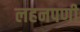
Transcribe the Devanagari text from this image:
लहनपणी